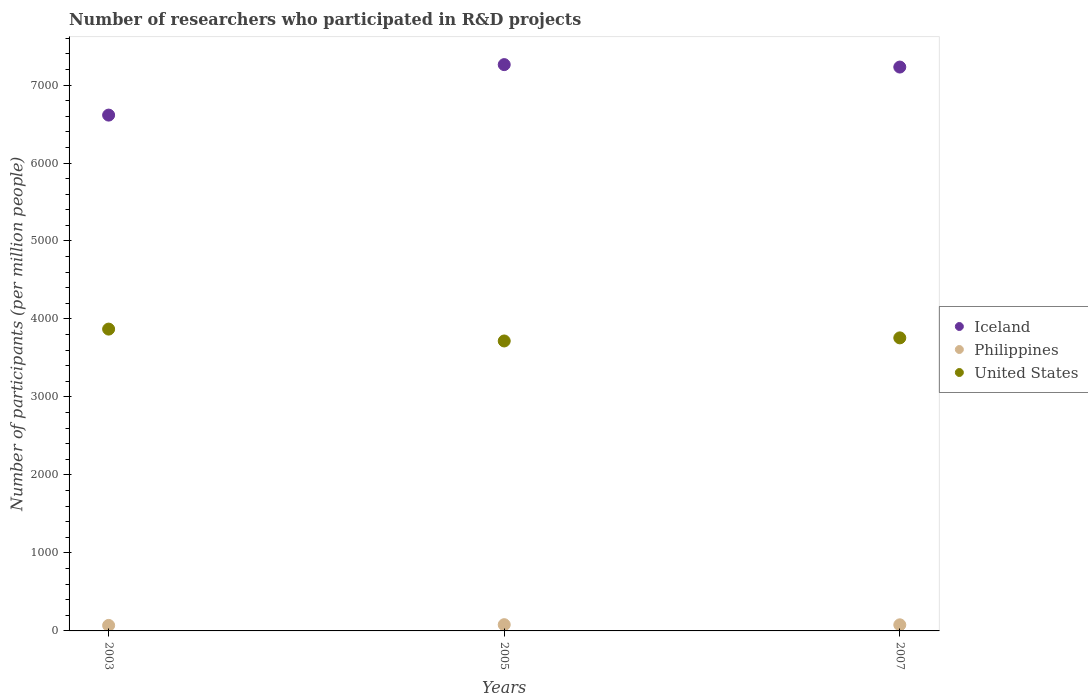
| Years | Iceland | Philippines | United States |
 | --- | --- | --- | --- |
 | 2003 | 6.61e+03 | 70.6 | 3.87e+03 |
 | 2005 | 7.26e+03 | 80.1 | 3.72e+03 |
 | 2007 | 7.23e+03 | 78.2 | 3.76e+03 |